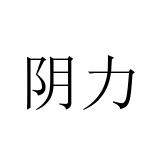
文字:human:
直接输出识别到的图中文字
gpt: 阴力